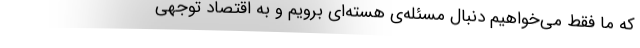
که ما فقط می‌خواهیم دنبال مسئله‌ی هسته‌ای برویم و به اقتصاد توجهی